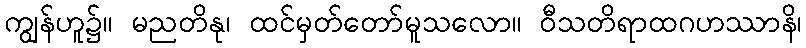
ကျွန်ဟူ၌။ မညတိနု၊ ထင်မှတ်တော်မူသလော။ ဝီသတိရာထဂဟဿာနိ၊